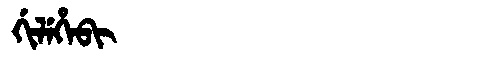
Manchu: ᡤᡳᠯᡝᡥᡝᠪᡳ
Romanization: GILEHEBI